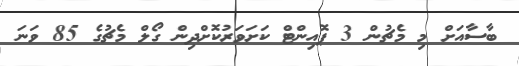
ބާސާއަށް މި މެޗުން 3 ޕޮއިންޓް ކަށަވަރުކޮށްދިން ގޯލް މެޗުގެ 85 ވަނަ